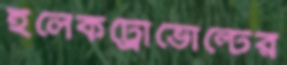
ইলেকট্রোভোল্টের